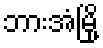
ဘားအံမြို့